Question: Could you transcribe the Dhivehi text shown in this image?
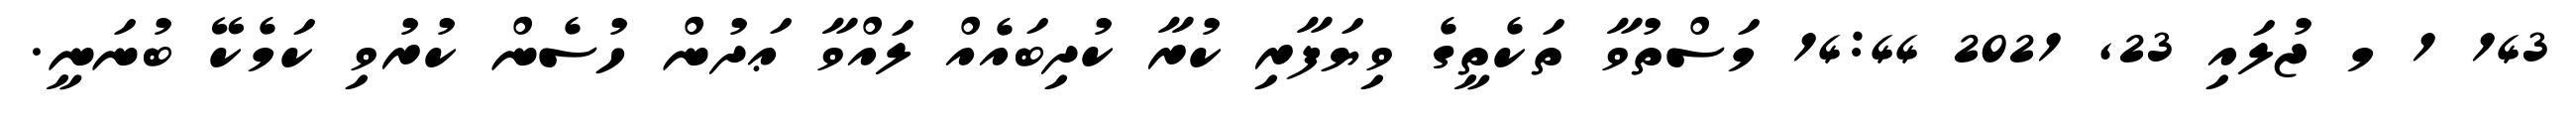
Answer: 143 1 މ ޖުލައި 23, 2021 14:44 މަސްތުވާ ތަކެތީގެ ވިޔަފާރި ކުރާ ކުދިބައެއް ލައްވާ ޢަދުން ހުސެން ކުރުވި ކަމެކޭ ބުނަނީ.